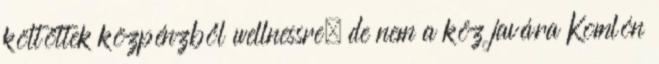
költöttek közpénzből wellnessre, de nem a köz javára Komlón